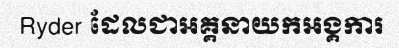
Ryder ដែលជាអគ្គនាយកអង្គការ